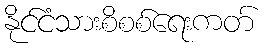
နိုင်ငံသားစိစစ်ရေးကတ်